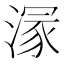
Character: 溕